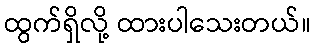
ထွက်ရှိလို့ ထားပါသေးတယ်။